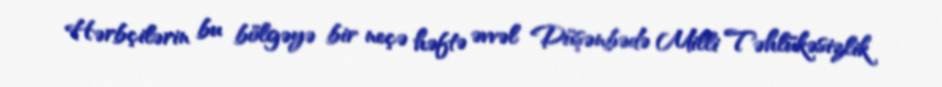
Hərbçilərin bu bölgəyə bir neçə həftə əvvəl Düşənbədə Milli Təhlükəsizlik